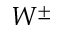
W ^ { \pm }